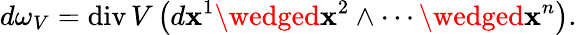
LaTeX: d\omega_{V}=\operatorname{div}V\left(d\mathbf{x}^{1}\wedged\mathbf{x}^{2}\wedge\cdots\wedged\mathbf{x}^{n}\right).